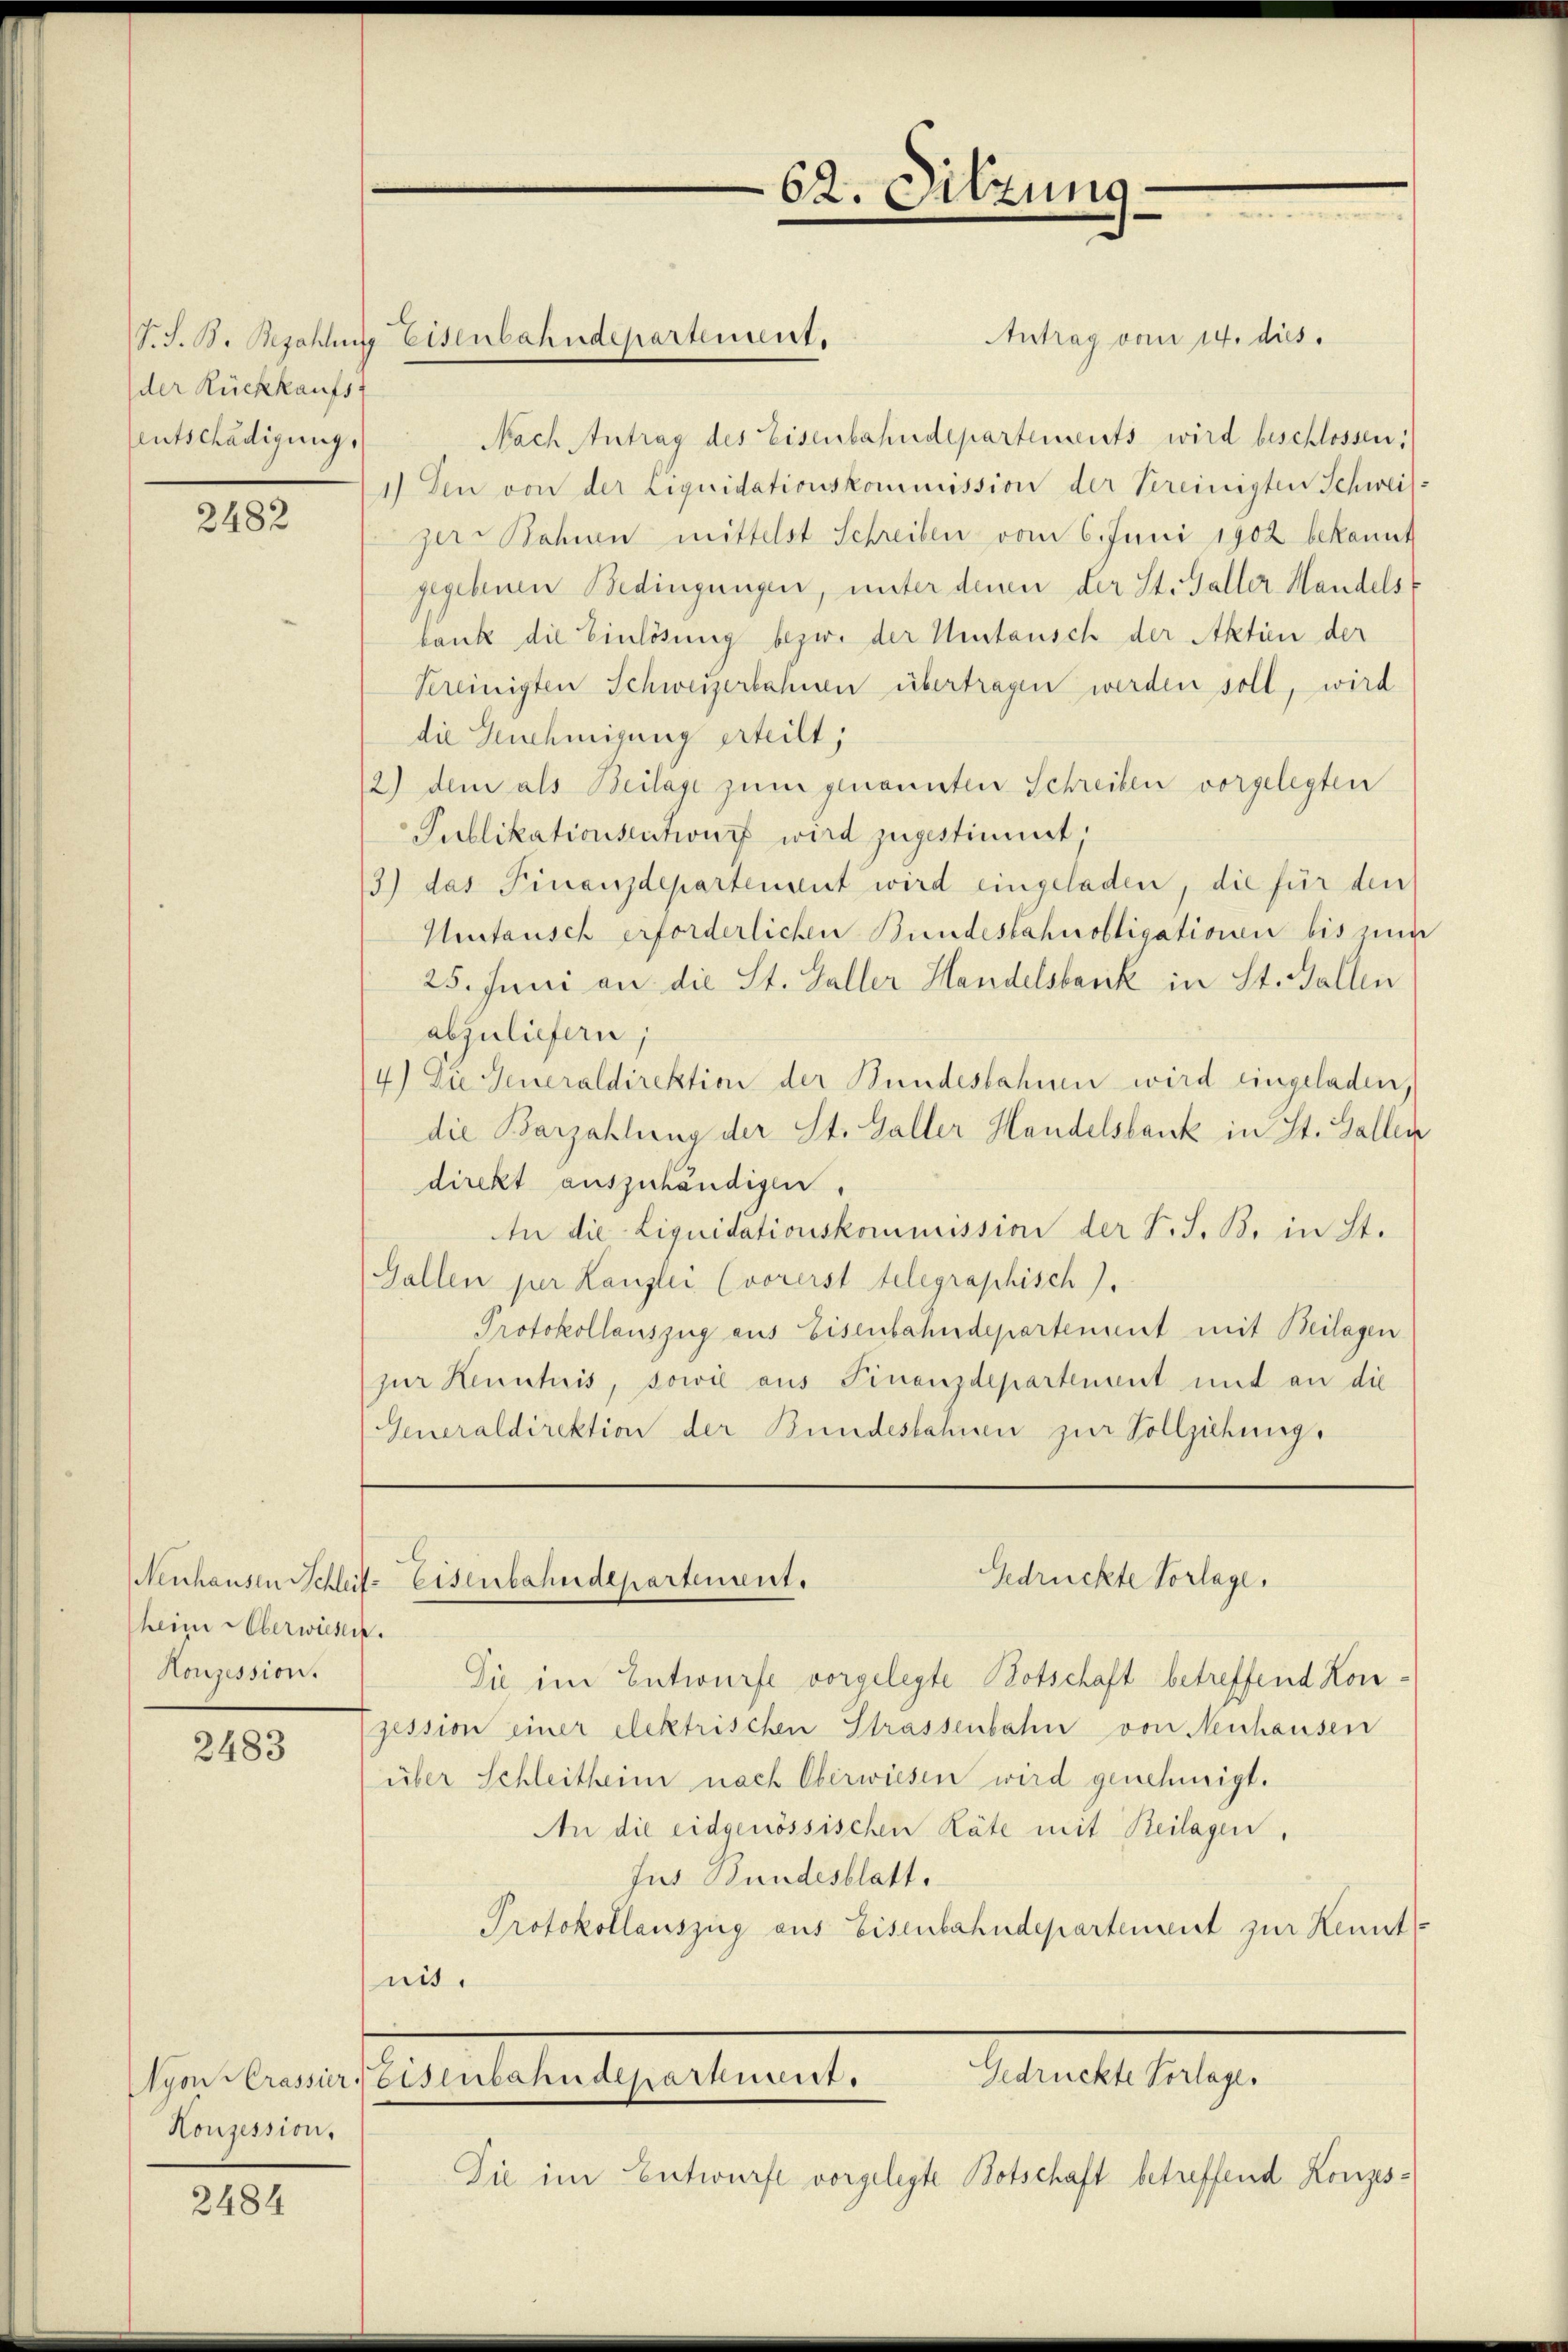
der Rückkaufs
Entschädigung,

2482

heim Überwiesen.
Konzession.

2483

Konzession,

2484

Antrag vom 14. dies
P.S. B. Beschling Eisenbahndepartement.
Nach Antrag des Eisenbahndepartements wird beschlossen:
1.) Den von der Liquidationskommission der Vereinigten Schweil:
zer. Bohin mittelst Schreiben vom 6. Juni 1902 bekannt
gegebenen Bedingungen, unter denen der St. Galler Mandels
bank die Einlösung bezw. der Umtausch der Aktien der
Vereinigten Schweizerbahnen übertragen werden soll, wird
die Genehmigung erteilt;
12) dem als Beilage zum genannten Schreiben vorgelegten
Publikationsention wird zugestimmt.
3) das Finanzdepartement wird eingeladen, die für den
Mutausch erforderlichen Bundesbahnobligationen bis zum
25. Juni an die St. Galler Handelsbarik in St. Gallen
abzuliefern;
4.) Die Generaldirektion der Bundesbahnen wird eingeladen,
die Barzahlung der St. Galler Handelsbank in St. Gallen
direkt auszuhändigen
An die Liquidationskommission der S. S. B. in St.
(Gallen per Kanzlei (vorerst telegraphisch).
Protokollauszug aus Eisenbahndepartement mit Beilagen
zur Kenntnis, sowie aus Finanzdepartement und an die
Generaldirektion der Bundestehnen zur Vollziehung.

Sie im Entwurfe vorgelegte Botschaft betreffend Konzession einer elektrischen Strassenbahn von Neuhausen
über Schleitheim nach Oberwiesen wird genehmigt.
An die eidgenössischen Räte mit Beilagen,
Jus Bundesblatt.
Protokollauszug aus Eisenbahndepartement zur Kenntnit.

62. Sitzun

Gedrückte Vorlage.
Neuhausen Schleit Eisenbahndepartement.

Gedrückte Vorlage.
Nyon Crassierteisenbahndepartient.

Die im Entwurfe vorgelegte Botschaft betreffend Konzes¬